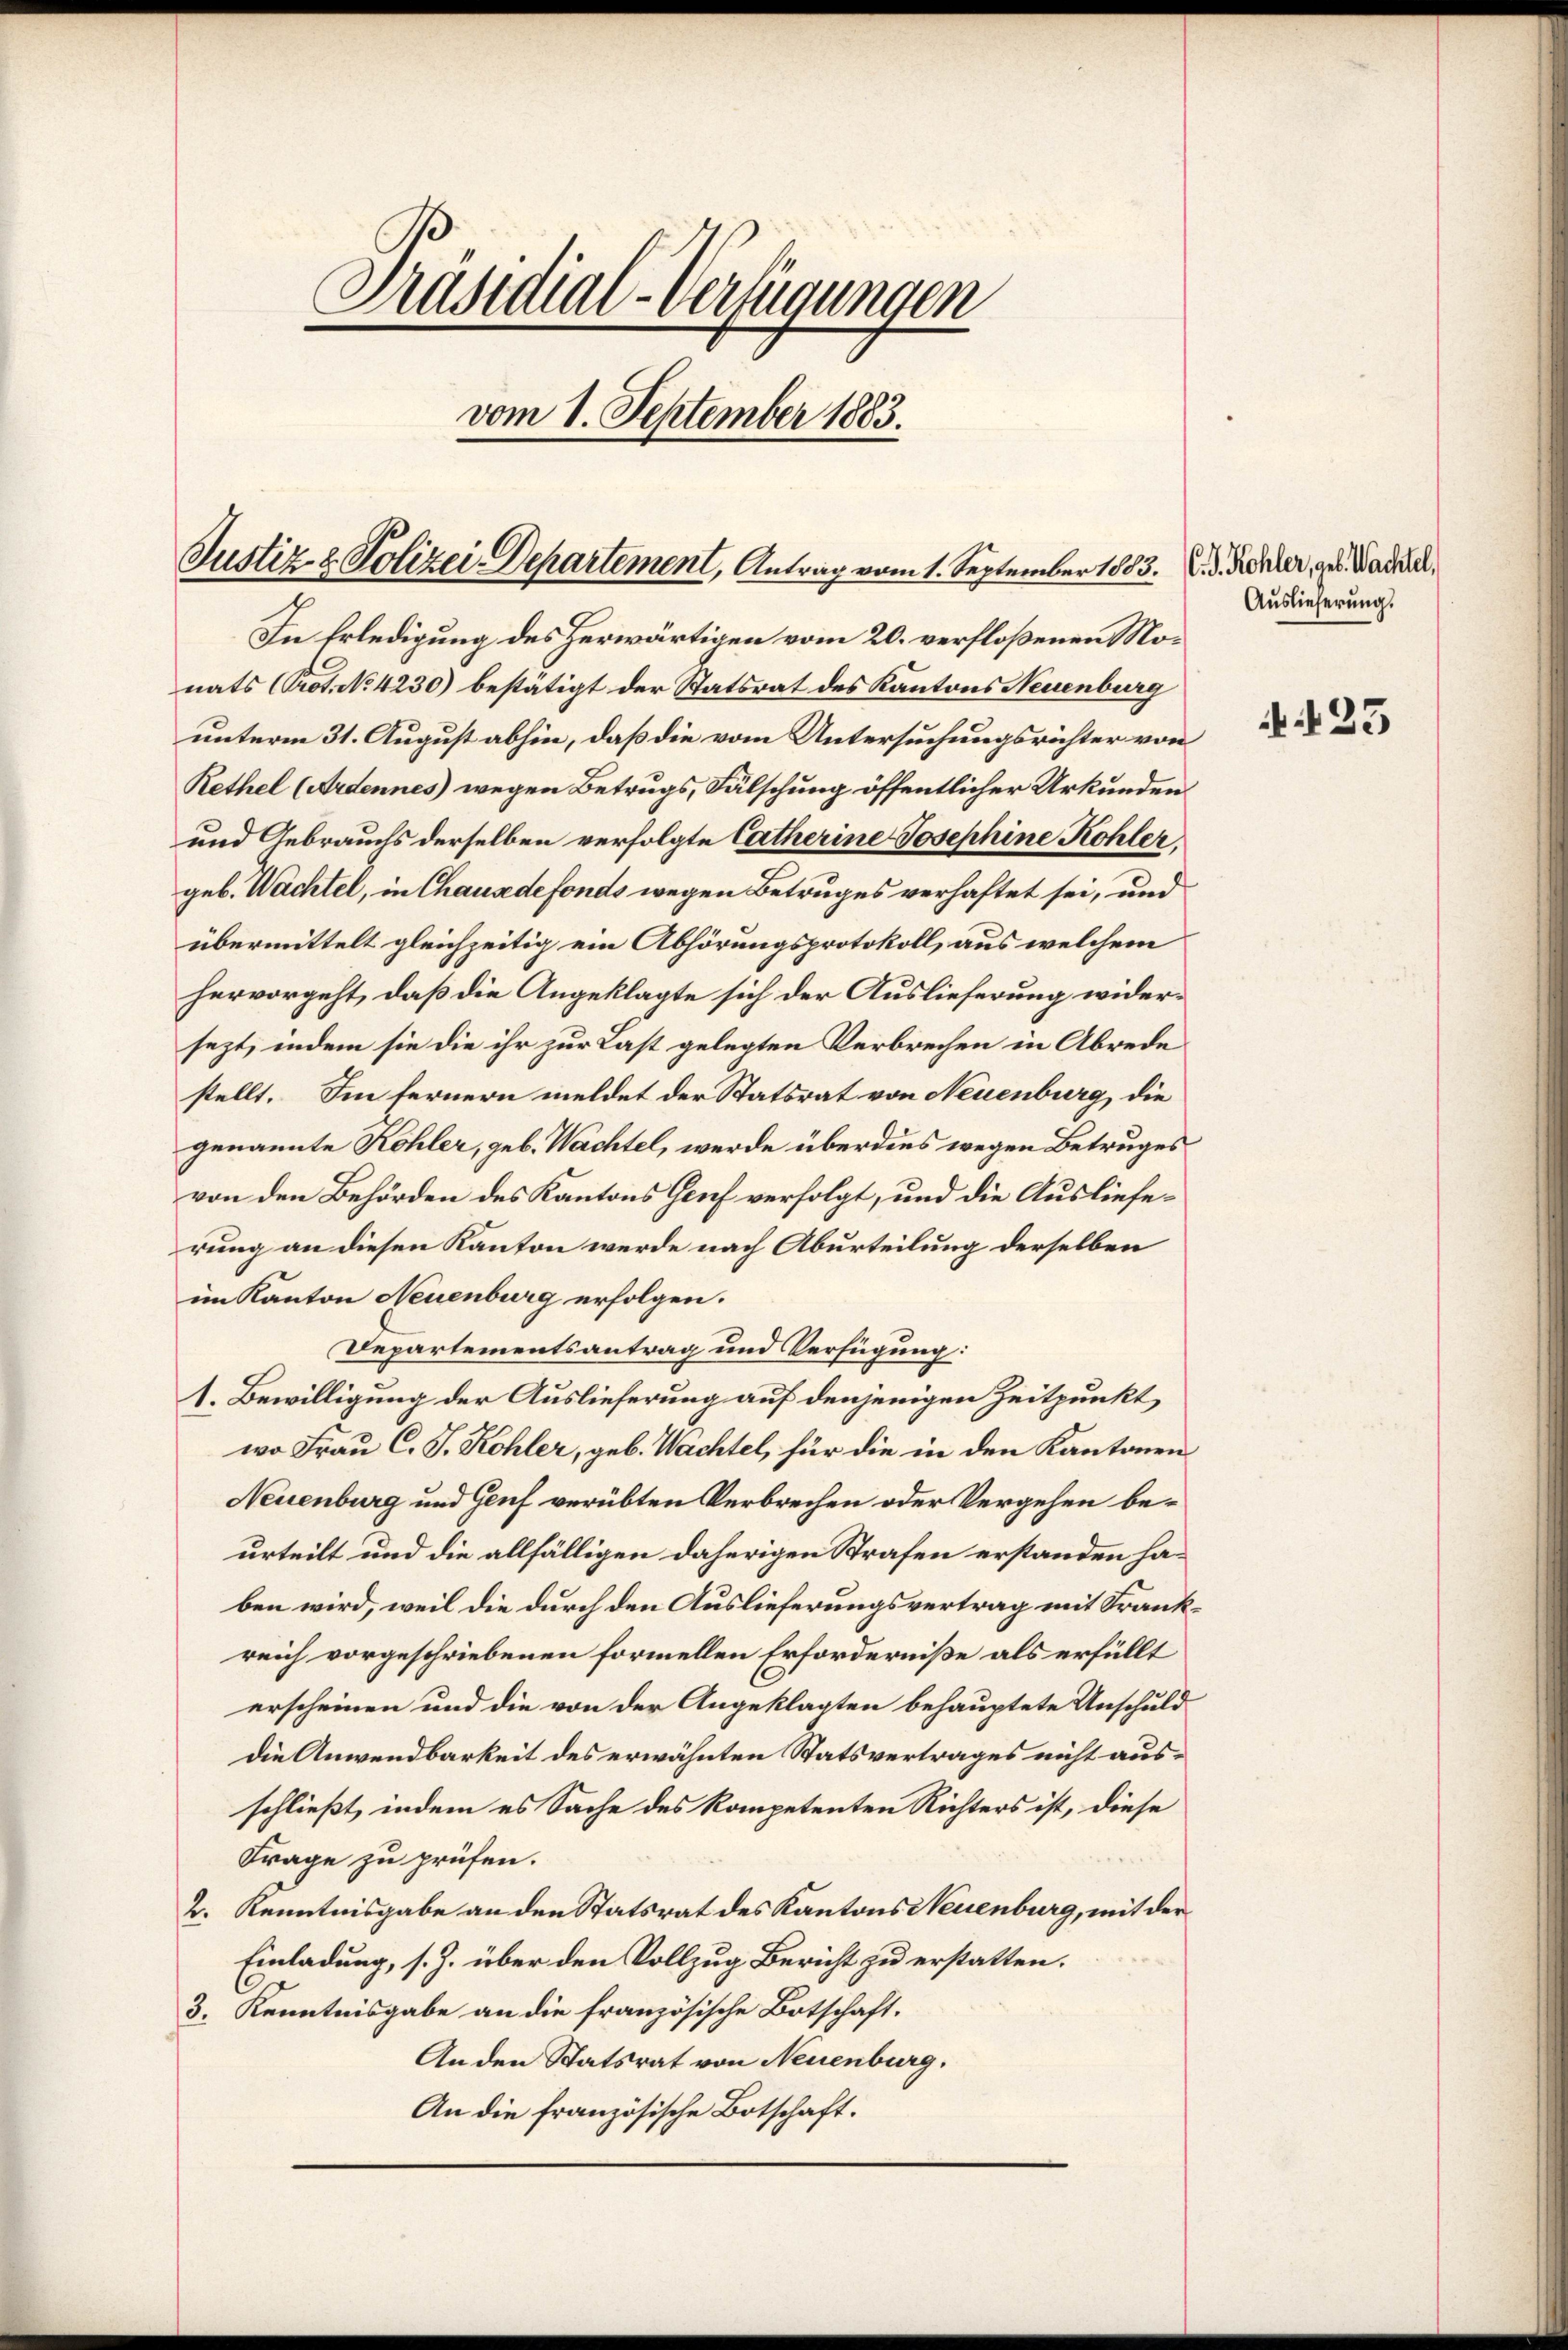
Präsidial-Verfügungen
vom 1. September 1883.

Justiz & Polizei-Departement, Antrag vom 1. September 1883. d. d. Rehler, des Nadell

In Erledigung des Herwärtigen vom 20. verfloßenen Monats (Prot. No 4230) bestätigt der Statsrat des Kantons Neuenburg
unterm 31. August abhin, daß die vom Untersuchungsrichter von
Rethel (Ardennes) wegen Betrugs, Fälschung öffentlicher Urkunden
und Gebrauchs derselben verfolgte Catherine Josephine Kohler.
geb. Wachtel, in Chausedefonds wegen Betruges verhaftet sei, und
übermittelt gleichzeitig ein Abhörungsprotokoll, aus welchem
hervorgeht, daß die Angeklagte sich der Auslieferung widersezt, indem sie die ihr zur Last gelegten Verbrechen in Abrede
stellt. Im fernern meldet der Statsrat von Neuenburg, die
genannte Kohler, geb. Wachtel, werde überdies wegen Betruges
von den Behörden des Kantons Genf verfolgt, und die Auslieferung an diesen Kanton werde nach Aburteilung derselben
im Kanton Neuenburg erfolgen.
Departementsantrag und Verfügung:
1. Bewilligung der Auslieferung auf denjenigen Zeitpunkt
wo Frau C. J. Kohler, geb. Wachtel, für die in den Kantonen
Neuenburg und Genf verübten Verbrechen oder Vergehen beurteilt und die allfälligen daherigen Strafen erstanden haben wird, weil die durch den Auslieferungsvertrag mit Frankreich vorgeschriebenen formellen Erforderniße als erfüllt
erscheinen und die von der Angeklagten behauptete Unschuld
die Anwendbarkeit des erwähnten Statsvertrages nicht ausschließt, indem es Sache des kompetenten Richters ist, diese
Frage zu prüfen.
2. Kenntnisgabe an den Statsrat des Kantons Neuenburg, mit der
Einladung, s. Z. über den Vollzug Bericht zu erstatten.
3. Kenntnisgabe an die französische Botschaft.
An den Statsrat von Neuenburg,
An die französische Botschaft.

Auslieferung.

A 23